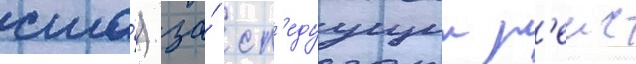
сша́) за́ сл'едуущии р'еис